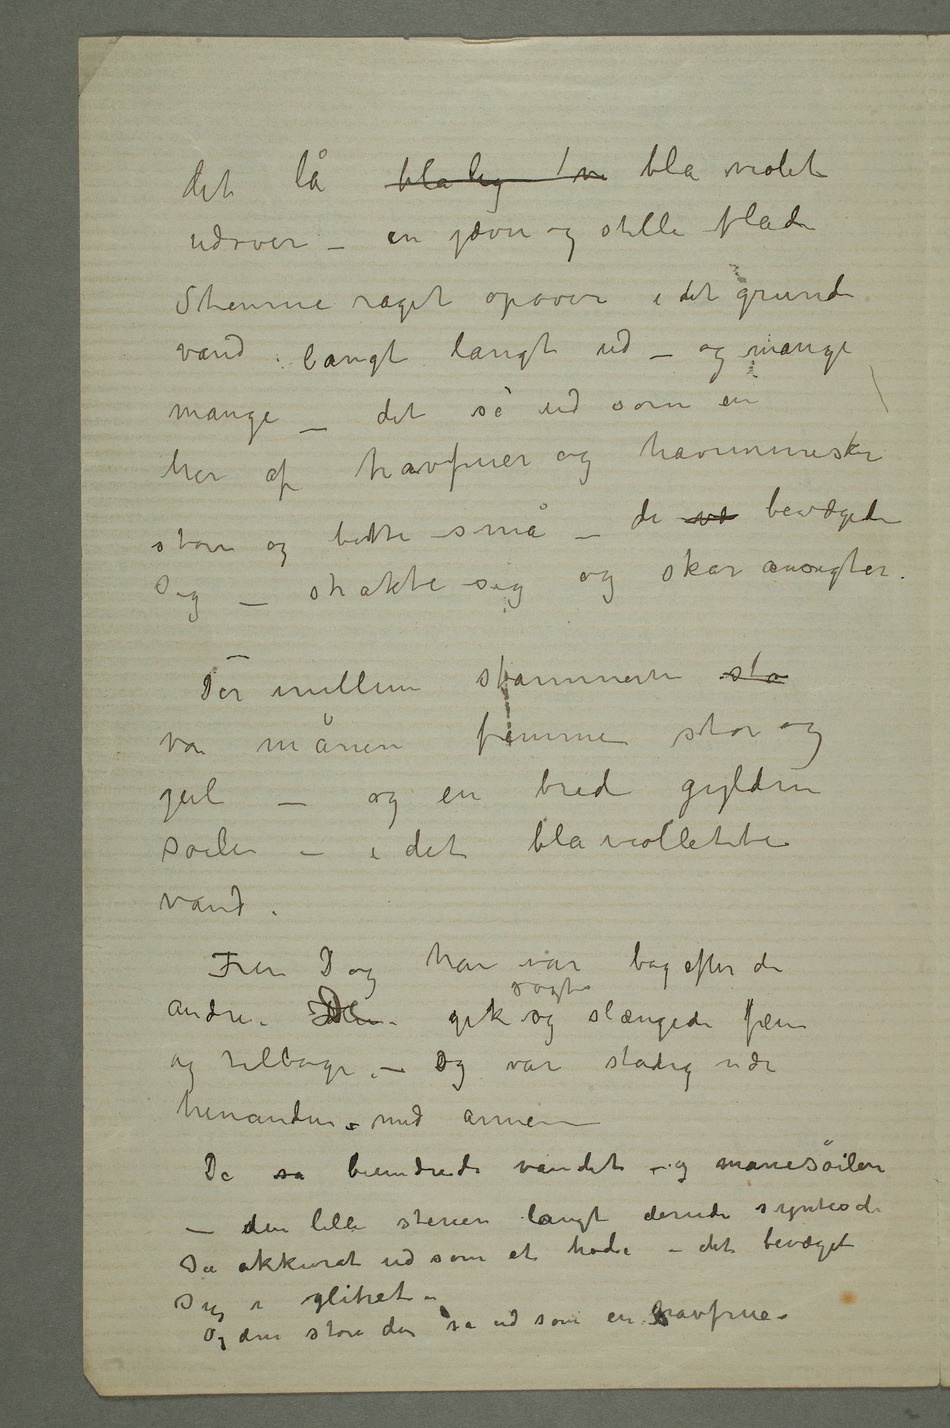
det lå blålig vi blå violet
udover – en jævn og stille flade
Stenerne raget opover i det grunde
vand langt langt ud – og mange
mange – det så ud som en
hær av havfruer og havmennesker
store og bitte små –
Der mellem stammerne sto
var månen fremme stor og
gul – og en bred gylden
søile – i det blåviolette
vand.
Fru D og han var bagefter de
andre. HanDe gik sagte og slængede frem
og tilbage – og var stadig nær
hinanden med armene –
De så beundrede vandet og månesøilen
– den lille stenen langt derude syntes de
så akkurat ud som et hode – det bevæget
sig i glitret.
Og den store der så ud som en havfrue.